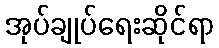
အုပ်ချုပ်ရေးဆိုင်ရာ